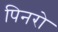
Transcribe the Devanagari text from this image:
पिनरो